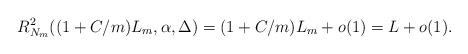
LaTeX: \begin{align*} R_{N_m}^2((1+C/m)L_m,\alpha,\Delta)=(1+C/m)L_m+o(1)=L+o(1).\end{align*}